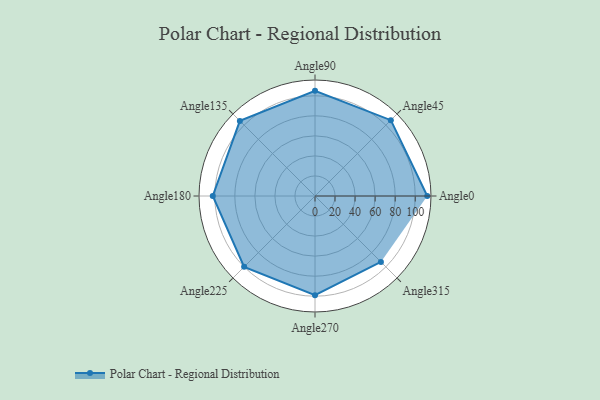
{"axis": {"x": "Angle", "y": "Radius"}, "legend": [""], "data": [{"x": "Angle0", "y": 112.0, "type": ""}, {"x": "Angle45", "y": 107.0, "type": ""}, {"x": "Angle90", "y": 105.0, "type": ""}, {"x": "Angle135", "y": 106.0, "type": ""}, {"x": "Angle180", "y": 102.0, "type": ""}, {"x": "Angle225", "y": 100.0, "type": ""}, {"x": "Angle270", "y": 99.0, "type": ""}, {"x": "Angle315", "y": 93.0, "type": ""}]}